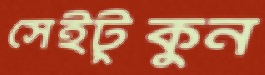
সেইটুকুন